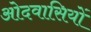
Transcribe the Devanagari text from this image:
ओदवासियों